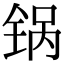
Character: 锅